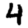
Digit: 4